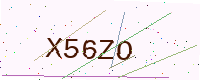
Text: X56ZO